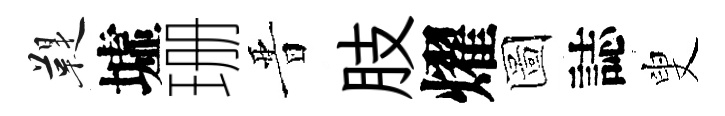
鞮墟珊晋肢燿圖誌叟